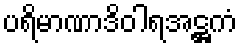
ပရိမာဏာဒိဝါရအဋ္ဌကံ